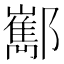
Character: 𨟎